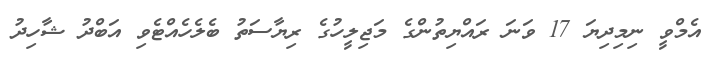
އެމްވީ ނިމިދިޔަ 17 ވަނަ ރައްޔިތުންގެ މަޖިލީހުގެ ރިޔާސަތު ބެލެހެއްޓެވި އަބްދު ޝާހިދު